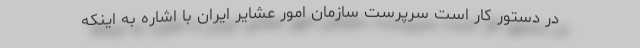
در دستور کار است سرپرست سازمان امور عشایر ایران با اشاره به اینکه